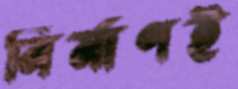
নির্মাণই